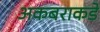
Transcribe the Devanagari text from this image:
अकबराकडे